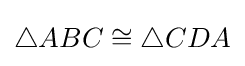
\triangle ABC\cong \triangle CDA